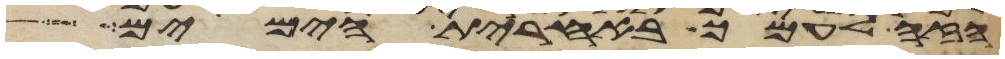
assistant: הזה לעמך באחרית הימים